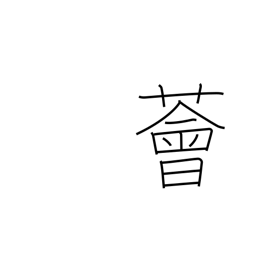
Meaning: luxuriant vegetation